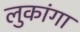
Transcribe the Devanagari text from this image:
लुकांगा